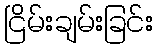
ငြိမ်းချမ်းခြင်း